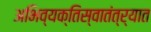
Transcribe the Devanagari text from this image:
अभिव्यक्तिस्वातंत्र्यात